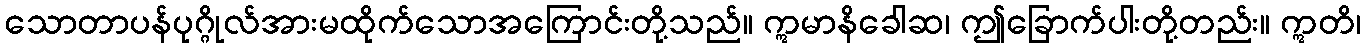
သောတာပန်ပုဂ္ဂိုလ်အားမထိုက်သောအကြောင်းတို့သည်။ ဣမာနိခေါဆ၊ ဤခြောက်ပါးတို့တည်း။ ဣတိ၊